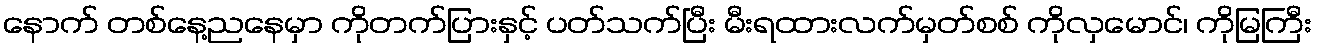
နောက် တစ်နေ့ညနေမှာ ကိုတက်ပြားနှင့် ပတ်သက်ပြီး မီးရထားလက်မှတ်စစ် ကိုလှမောင်၊ ကိုမြကြီး